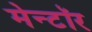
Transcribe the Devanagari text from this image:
मेन्टॉर